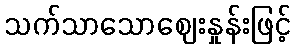
သက်သာသောဈေးနှုန်းဖြင့်